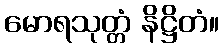
မောရသုတ္တံ နိဋ္ဌိတံ။